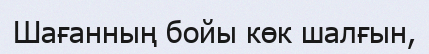
Шағанның бойы көк шалғын,